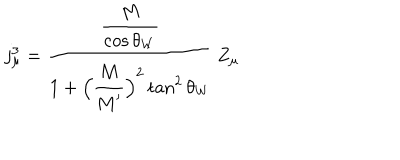
LaTeX: j _ { \mu } ^ { 3 } = \frac { \frac { \strut \displaystyle M } { \strut \displaystyle \cos \theta _ { W } } } { 1 + \strut \displaystyle \Bigl ( \frac { \strut \displaystyle M } { \strut \displaystyle M ^ { \prime } } \Bigr ) ^ { 2 } \tan ^ { 2 } \theta _ { W } } \, Z _ { \mu }